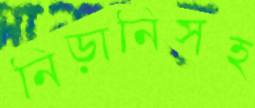
নিড়ানিসহ